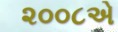
૨૦૦૮એ